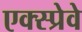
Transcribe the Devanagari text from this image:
एक्स्प्रेवे